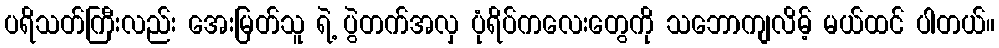
ပရိသတ်ကြီးလည်း အေးမြတ်သူ ရဲ့ ပွဲတက်အလှ ပုံရိပ်ကလေးတွေကို သဘောကျလိမ့် မယ်ထင် ပါတယ်။